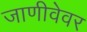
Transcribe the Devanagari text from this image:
जाणीवेवर